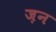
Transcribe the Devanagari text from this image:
ज़न